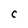
Character: C